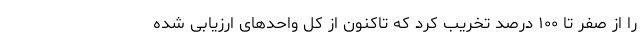
را از صفر تا ۱۰۰ درصد تخریب کرد که تاکنون از کل واحدهای ارزیابی شده